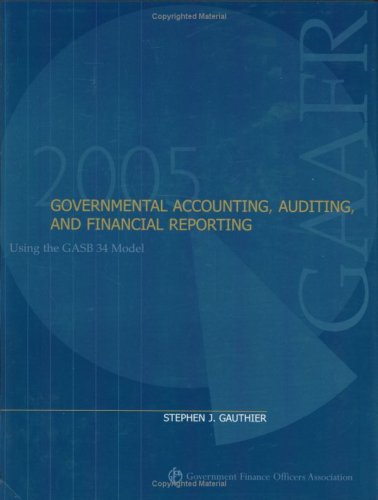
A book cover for Governmental Accounting, Auditing, and Financial Reporting 2005; Stephen J. Gauthier; Business & Money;